Civil Veterinary Department Bihar & Orissa reports 1911-21 - 1911-1921
Year: 1911
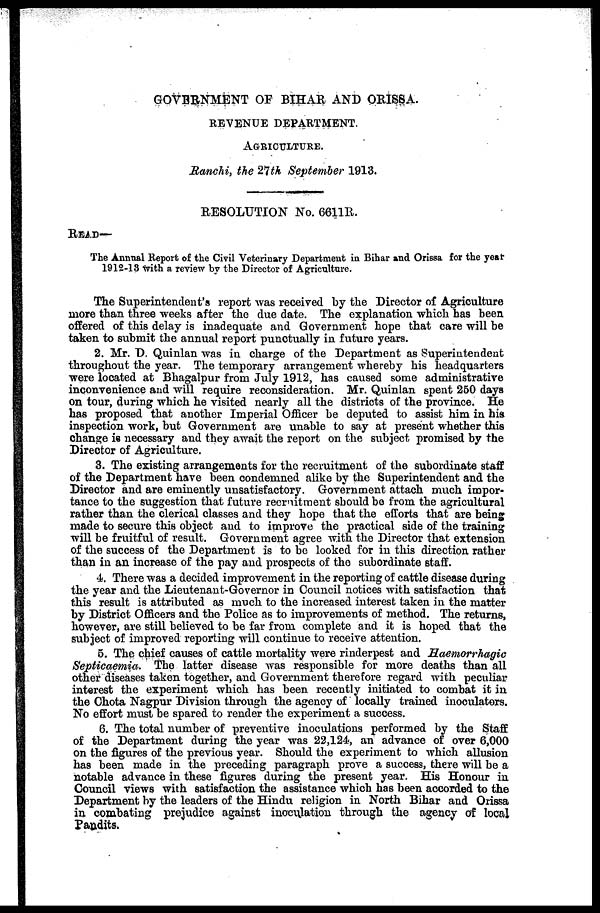
GOVERNMENT OF BIHAR AND ORISSA.
REVENUE DEPARTMENT.
AGRICULTURE.
Ranchi, the 27th September 1913.
RESOLUTION No. 6611R.
READ—
The Annual Report of the Civil Veterinary Department in Bihar and Orissa for the year
1912-13 with a review by the Director of Agriculture.
The Superintendent's report was received by the Director of Agriculture
more than three weeks after the due date. The explanation which has been
offered of this delay is inadequate and Government hope that care will be
taken to submit the annual report punctually in future years.
2. Mr. D. Quinlan was in charge of the Department as Superintendent
throughout the year. The temporary arrangement whereby his headquarters
were located at Bhagalpur from July 1912, has caused some administrative
inconvenience and will require reconsideration. Mr. Quinlan spent 250 days
on tour, during which he visited nearly all the districts of the province. He
has proposed that another Imperial Officer be deputed to assist him in his
inspection work, but Government are unable to say at present whether this
change is necessary and they await the report on the subject promised by the
Director of Agriculture.
3. The existing arrangements for the recruitment of the subordinate staff
of the Department have been condemned alike by the Superintendent and the
Director and are eminently unsatisfactory. Government attach much impor-
tance to the suggestion that future recruitment should bo from the agricultural
rather than the clerical classes and they hope that the efforts that are being
made to secure this object and to improve the practical side of the training
will be fruitful of result. Government agree with the Director that extension
of the success of the Department is to be looked for in this direction rather
than in an increase of the pay and prospects of the subordinate staff.
4. There was a decided improvement in the reporting of cattle disease during
the year and the Lieutenant-Governor in Council notices with satisfaction that
this result is attributed as much to the increased interest taken in the matter
by District Officers and the Police as to improvements of method. The returns,
however, are still believed to be far from complete and it is hoped that the
subject of improved reporting will continue to receive attention.
5. The chief causes of cattle mortality were rinderpest and Haemorrhagic
Septicaemia. The latter disease was responsible for more deaths than all
other diseases taken together, and Government therefore regard with peculiar
interest the experiment which has been recently initiated to combat it in
the Chota Nagpur Division through the agency of locally trained inoculaters.
No effort must be spared to render the experiment a success.
6. The total number of preventive inoculations performed by the Staff
of the Department during the year was 22,124, an advance of over 6,000
on the figures of the previous year. Should the experiment to which allusion
has been made in the preceding paragraph prove a success, there will be a
notable advance in these figures during the present year. His Honour in
Council views with satisfaction the assistance which has been accorded to the
Department by the leaders of the Hindu religion in North Bihar and Orissa
in combating prejudice against inoculation through the agency of local
Pandits.